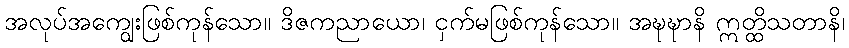
အလုပ်အကျွေးဖြစ်ကုန်သော။ ဒိဇကညာယော၊ ငှက်မဖြစ်ကုန်သော။ အဍ္ဎဍ္ဎာနိ ဣတ္ထိသတာနိ၊